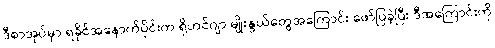
ဒီစာအုပ်မှာ ရခိုင်အနောက်ပိုင်းက ရိုဟင်ဂျာ မျိုးနွယ်တွေအကြောင်း ဖော်ပြခဲ့ပြီး ဒီအကြောင်းကို